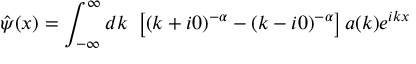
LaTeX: \hat { \psi } ( x ) = \int _ { - \infty } ^ { \infty } d k ~ \left[ ( k + i 0 ) ^ { - \alpha } - ( k - i 0 ) ^ { - \alpha } \right] a ( k ) e ^ { i k x }